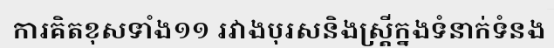
ការគិតខុសទាំង១១ រវាងបុរសនិងស្ត្រីក្នុងទំនាក់ទំនង